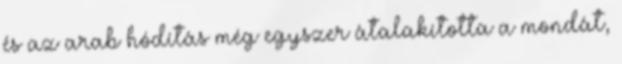
és az arab hódítás még egyszer átalakította a mondát,